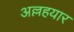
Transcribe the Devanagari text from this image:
अल्लहयार